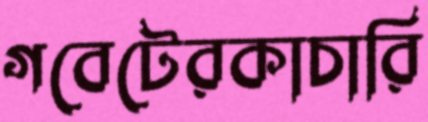
গবেটেরকাচারি